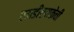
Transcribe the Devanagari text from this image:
एमडीएमकेची